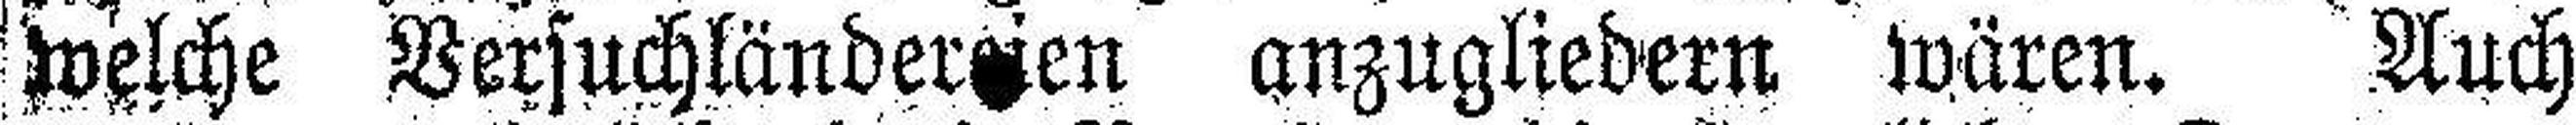
welche Versuchländer###en anzugliedern wären. Auch